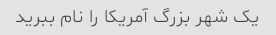
یک شهر بزرگ آمریکا را نام ببرید